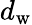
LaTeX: d_{\mathrm{w}}